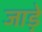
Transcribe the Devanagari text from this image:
जाड़े़